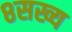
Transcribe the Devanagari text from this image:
८सख्य